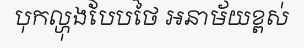
បុកល្ហុងបែបថៃ អនាម័យខ្ពស់